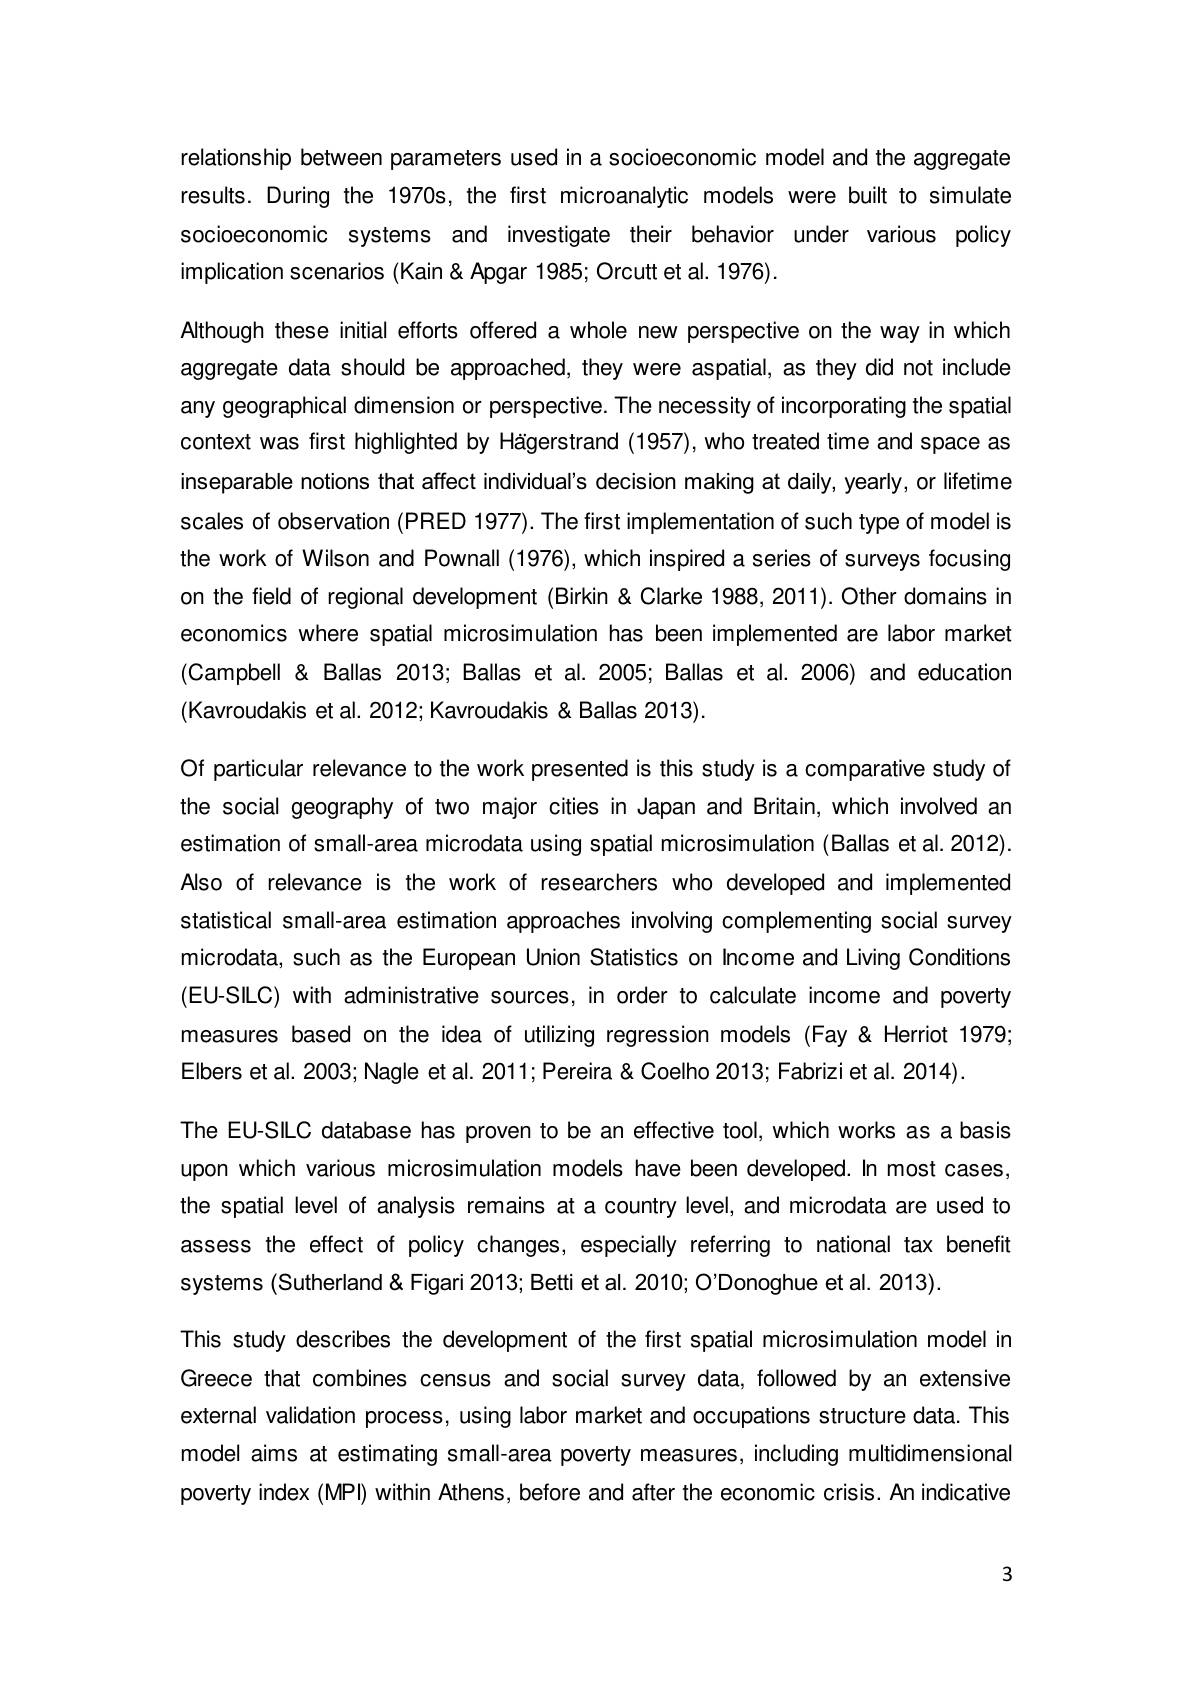
relationship between parameters used in a socioeconomic model and the aggregate results. During the 1970s, the first microanalytic models were built to simulate socioeconomic systems and investigate their behavior under various policy implication scenarios (Kain& Apgar 1985; Orcutt et al. 1976)

Although these initial efforts offered a whole new perspective on the way in which aggregate data should be approached, they were aspatial, as they did not include any geographical dimension or perspective. The necessity of incorporating the spatial context was first highlighted by Hägerstrand (1957),who treated time and space as inseparable notions that affect individual's decision making at daily, yearly, or lifetime scales of observation (PRED 1977). The first implementation of such type of model is the work of Wilson and Pownall (1976), which inspired a series of surveys focusing on the field of regional development (Birkin &Clarke 1988,2011).Other domains in economics where spatial microsimulation has been implemented are labor market (Campbell& Ballas 2013; Ballas et al. 2005; Ballas et al. 2006) and education (Kavroudakis et al. 2012; Kavroudakis & Ballas 2013).
Of particular relevance to the work presented is this study is a comparative study of the social geography of two major cities in Japan and Britain, which involved an estimation of small-area microdata using spatial microsimulation (Ballas et al.2012). Also of relevance is the work of researchers who developed and implemented statistical small-area estimation approaches involving complementing social survey microdata, such as the European Union Statistics on Income and Living Conditions (EU-SILC) with administrative sources, in order to calculate income and poverty measures based on the idea of utilizing regression models (Fay&Herriot 1979; Elbers et al. 2003; Nagle et al. 2011; Pereira & Coelho 2013; Fabrizi et al. 2014).
The EU-SILC database has proven to be an effective tool, which works as a basis upon which various microsimulation models have been developed.In most cases, the spatial level of analysis remains at a country level, and microdata are used to assess the effect of policy changes, especially referring to national tax benefit systems (Sutherland& Figari 2013; Betti et al. 2010; O'Donoghue et al. 2013).
This study describes the development of the first spatial microsimulation model in Greece that combines census and social survey data, followed by an extensive external validation process, using labor market and occupations structure data. This model aims at estimating small-area poverty measures, including multidimensional poverty index (MPI) within Athens, before and after the economic crisis. An indicative

3